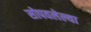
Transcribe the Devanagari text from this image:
सोपवलेल्या